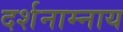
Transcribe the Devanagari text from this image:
दर्शनाम्नाय